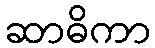
ဆာဓိကာ